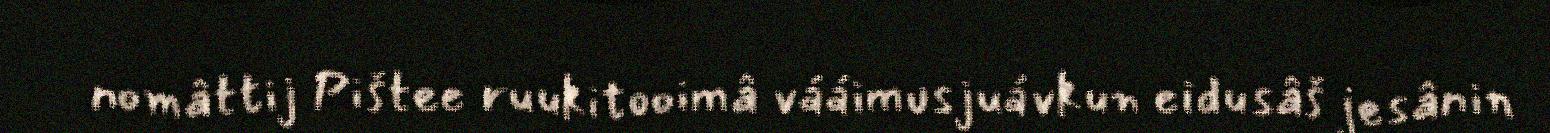
nomâttij Pištee ruukitooimâ vááimusjuávkun eidusâš jesânin